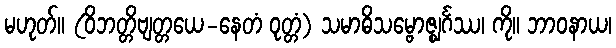
မဟုတ်။ (ဝိဘတ္တိဗျတ္တယေ-နေတံ ဝုတ္တံ) သမာဓိသမ္ဗောဇ္ဈင်္ဂဿ၊ ကို။ ဘာဝနာယ၊